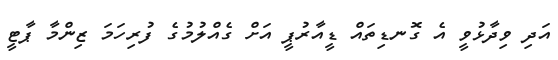
އަދި ވިދާޅުވީ އެ ގޮނޑިތައް ޑީއާރުޕީ އަށް ގެއްލުމުގެ ފުރިހަމަ ޒިންމާ ޕާޓީ